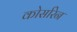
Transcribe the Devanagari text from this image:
कोर्सारेन